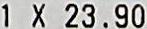
1 X 23.90